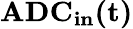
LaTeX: \mathbf{ADC_{in}(t)}